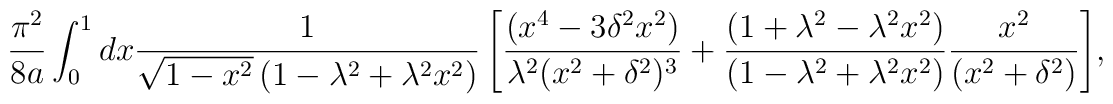
{\pi^2 \over 8a}\int_{0}^{1}{dx{1 \over \sqrt{1 -x^2}\left(1 - \lambda^2 + \lambda^2 x^2\right)} \left[{(x^4 - 3\delta^2x^2) \over \lambda^2 (x^2+\delta^2)^3} + {\left(1 + \lambda^2 - \lambda^2 x^2\right)\over\left(1 - \lambda^2 + \lambda^2x^2\right) }{x^2 \over (x^2 +\delta^2)}\right]},